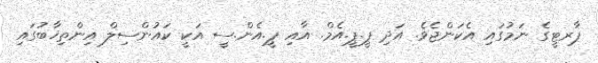
ޕާރޓީގެ ނަމުގައި އެކަންޖެވެ. އަދި ޕީ.ޕީ.އެމް. އާއި ޕީ.އެން.ސީ އަކީ ކައުންސިލް އިންތިޚާބުގައި